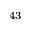
^ { 4 3 }